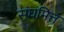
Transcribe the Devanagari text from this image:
संघमित्त